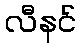
လီနင်